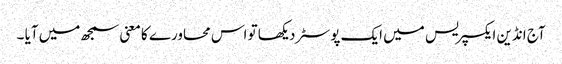
آج انڈین ایکسپریس میں ایک پوسٹر دیکھا تو اس محاورے کا معنی سمجھ میں آیا ۔